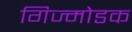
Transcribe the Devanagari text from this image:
गिज्मोडक